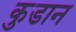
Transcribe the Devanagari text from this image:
कुडान